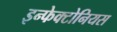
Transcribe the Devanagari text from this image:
इन्फेक्टोनियस